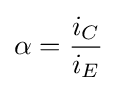
\alpha ={\frac {i_{C}}{i_{E}}}